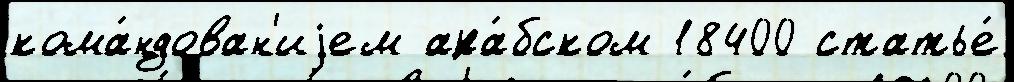
кома́ндован'иjем ара́бском 18400 статье́